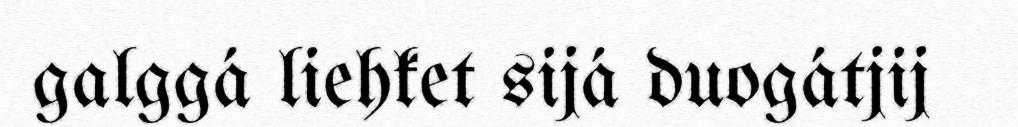
galggá liehket sijá duogátjij